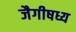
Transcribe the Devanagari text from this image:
जैगीषध्य